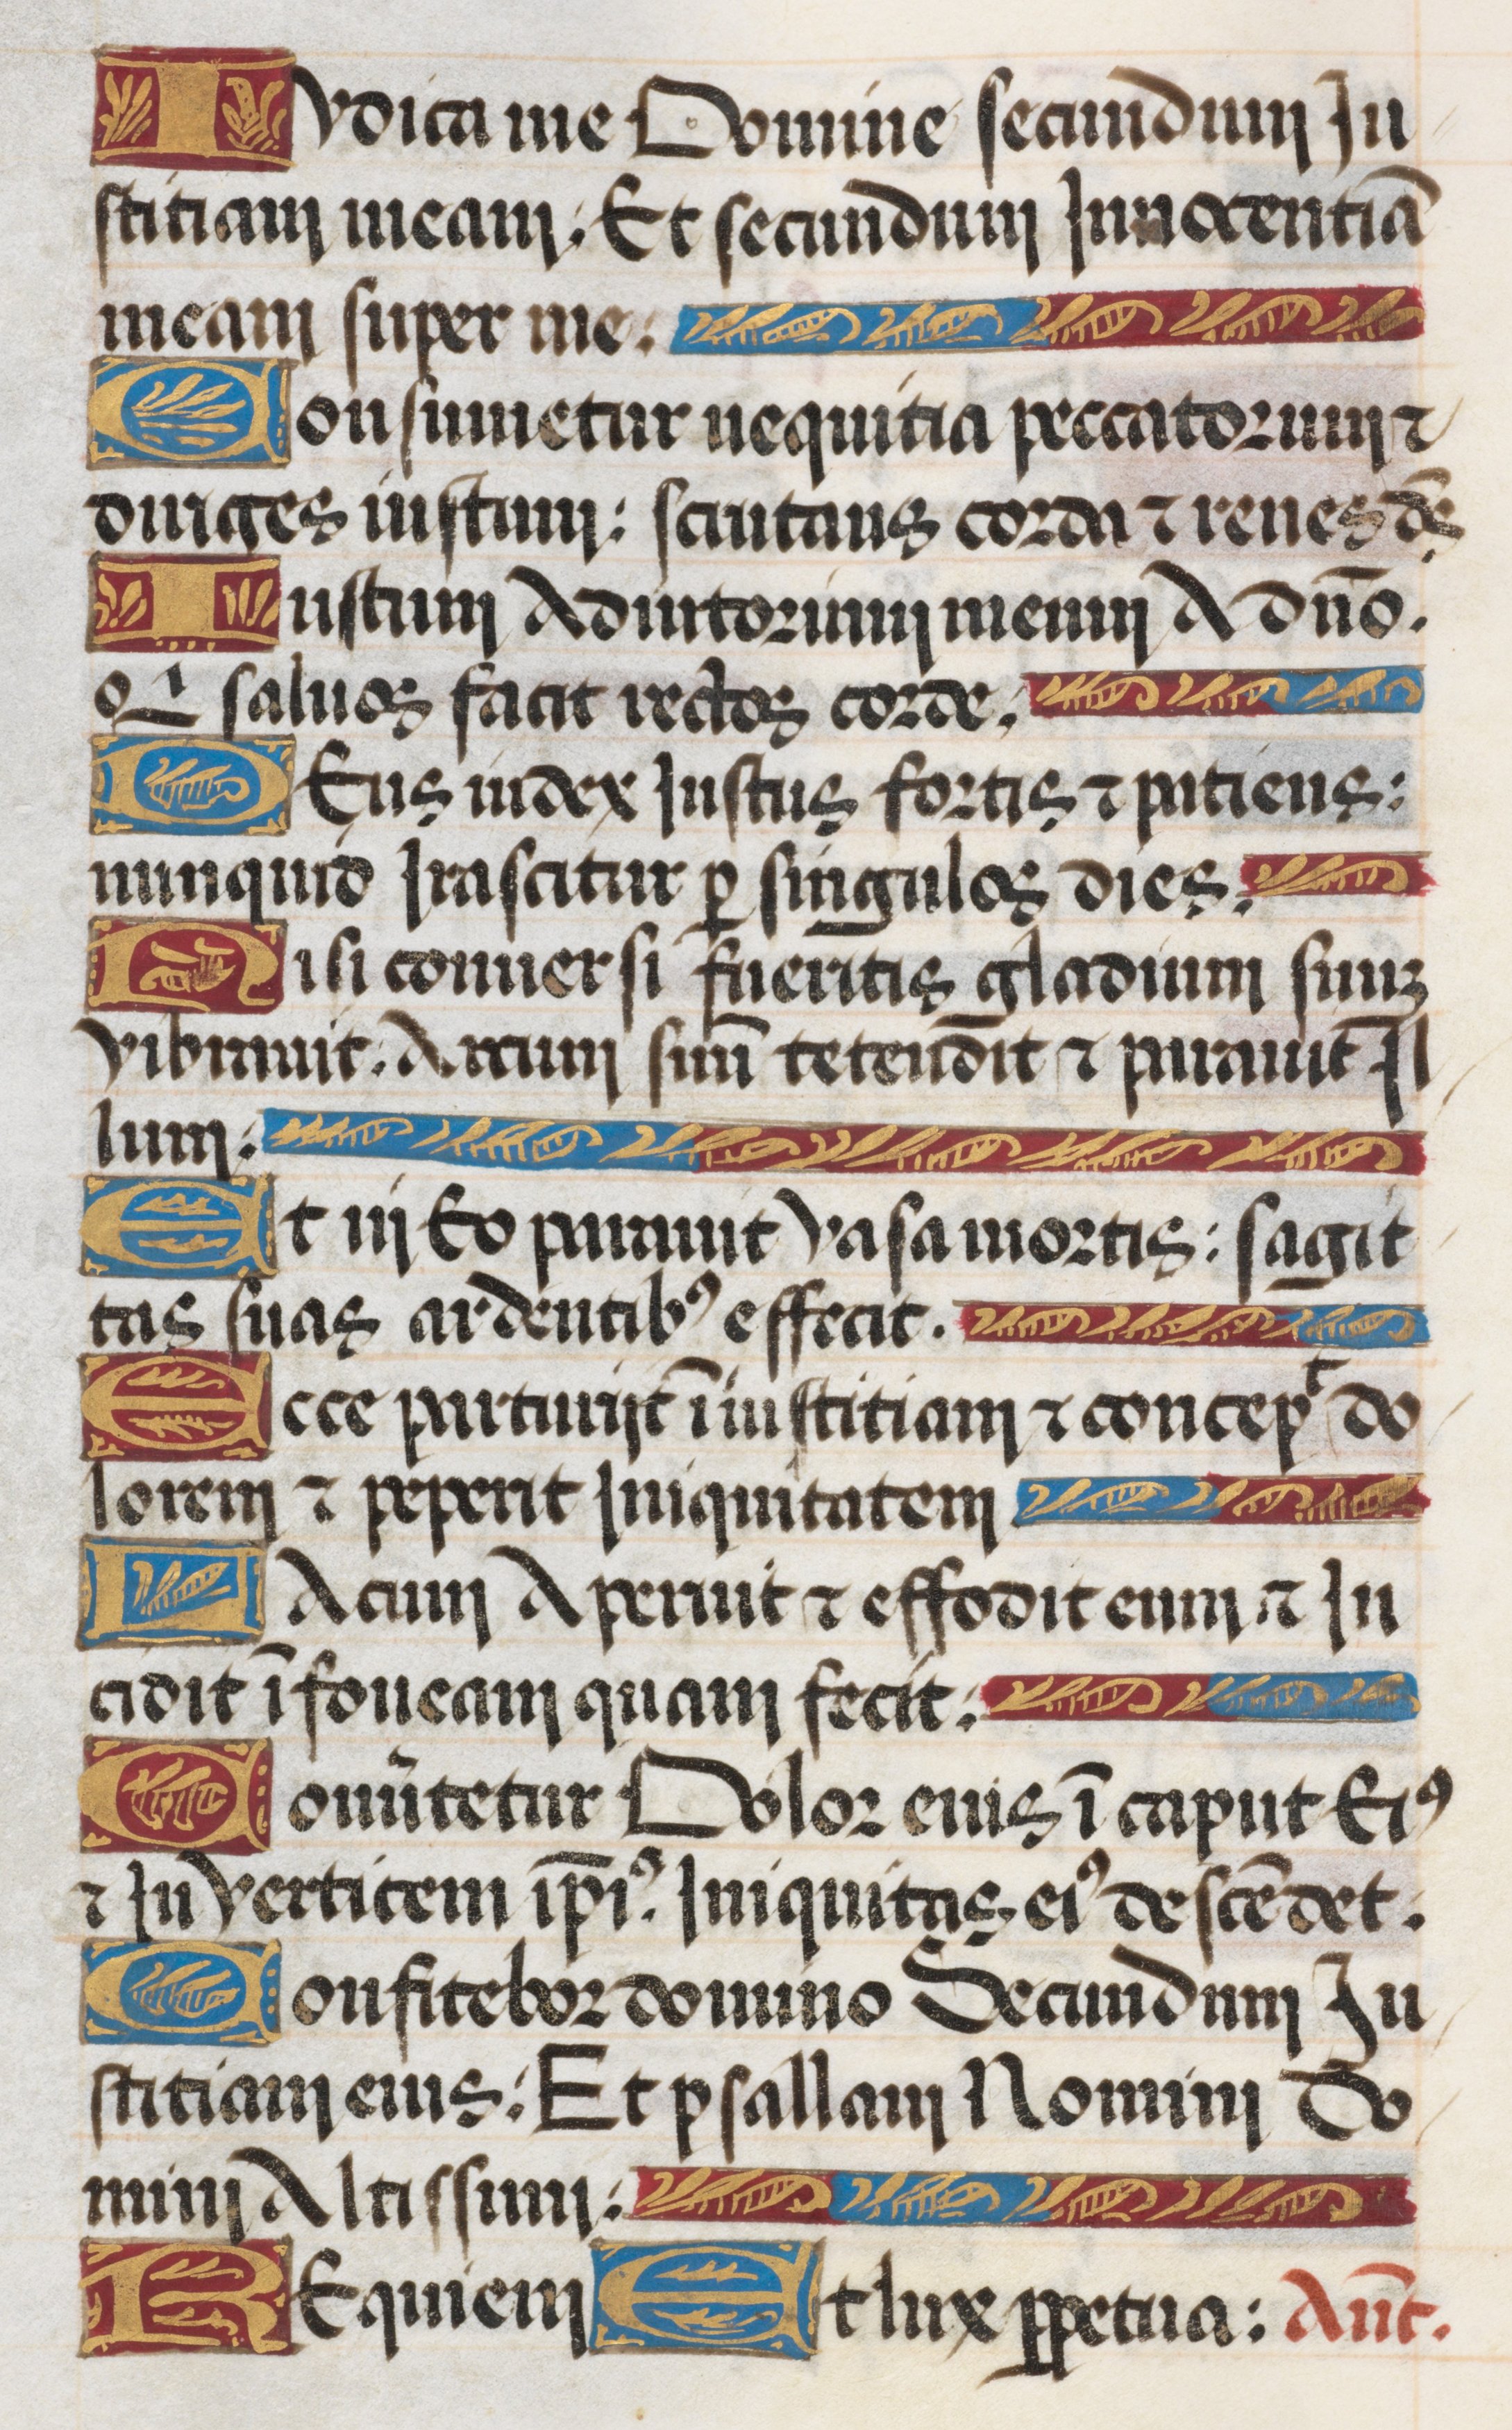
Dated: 1485–1515